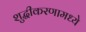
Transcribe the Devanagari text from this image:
शुद्धीकरणामध्ये